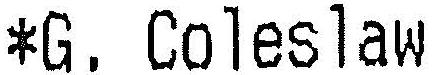
*G. COLESLAW